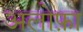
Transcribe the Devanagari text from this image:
अलोफ़ा